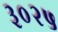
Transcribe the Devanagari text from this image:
३०२५